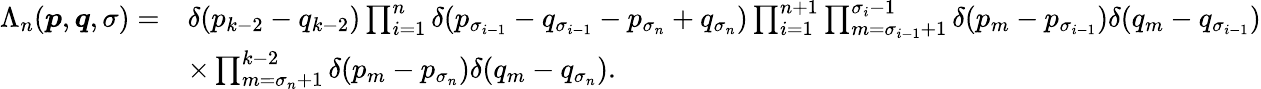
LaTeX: \begin{array}{rl}{\Lambda_{n}(\boldsymbol{p},\boldsymbol{q},\sigma)=}&{\delta(p_{k-2}-q_{k-2})\prod_{i=1}^{n}\delta(p_{\sigma_{i-1}}-q_{\sigma_{i-1}}-p_{\sigma_{n}}+q_{\sigma_{n}})\prod_{i=1}^{n+1}\prod_{m=\sigma_{i-1}+1}^{\sigma_{i}-1}\delta(p_{m}-p_{\sigma_{i-1}})\delta(q_{m}-q_{\sigma_{i-1}})}\\ &{\times\prod_{m=\sigma_{n}+1}^{k-2}\delta(p_{m}-p_{\sigma_{n}})\delta(q_{m}-q_{\sigma_{n}}).}\end{array}